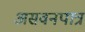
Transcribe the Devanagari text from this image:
असवनपात्र